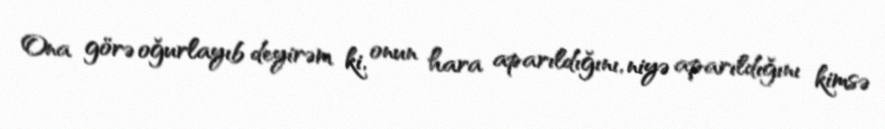
Ona görə oğurlayıb deyirəm ki, onun hara aparıldığını, niyə aparıldığını kimsə